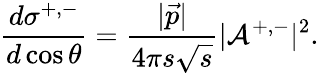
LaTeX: \frac{d\sigma^{+,-}}{d\cos\theta}=\frac{\vert\vec{p}\vert}{4\pi s\sqrt s}\vert{\cal A}^{+,-}\vert^{2}.